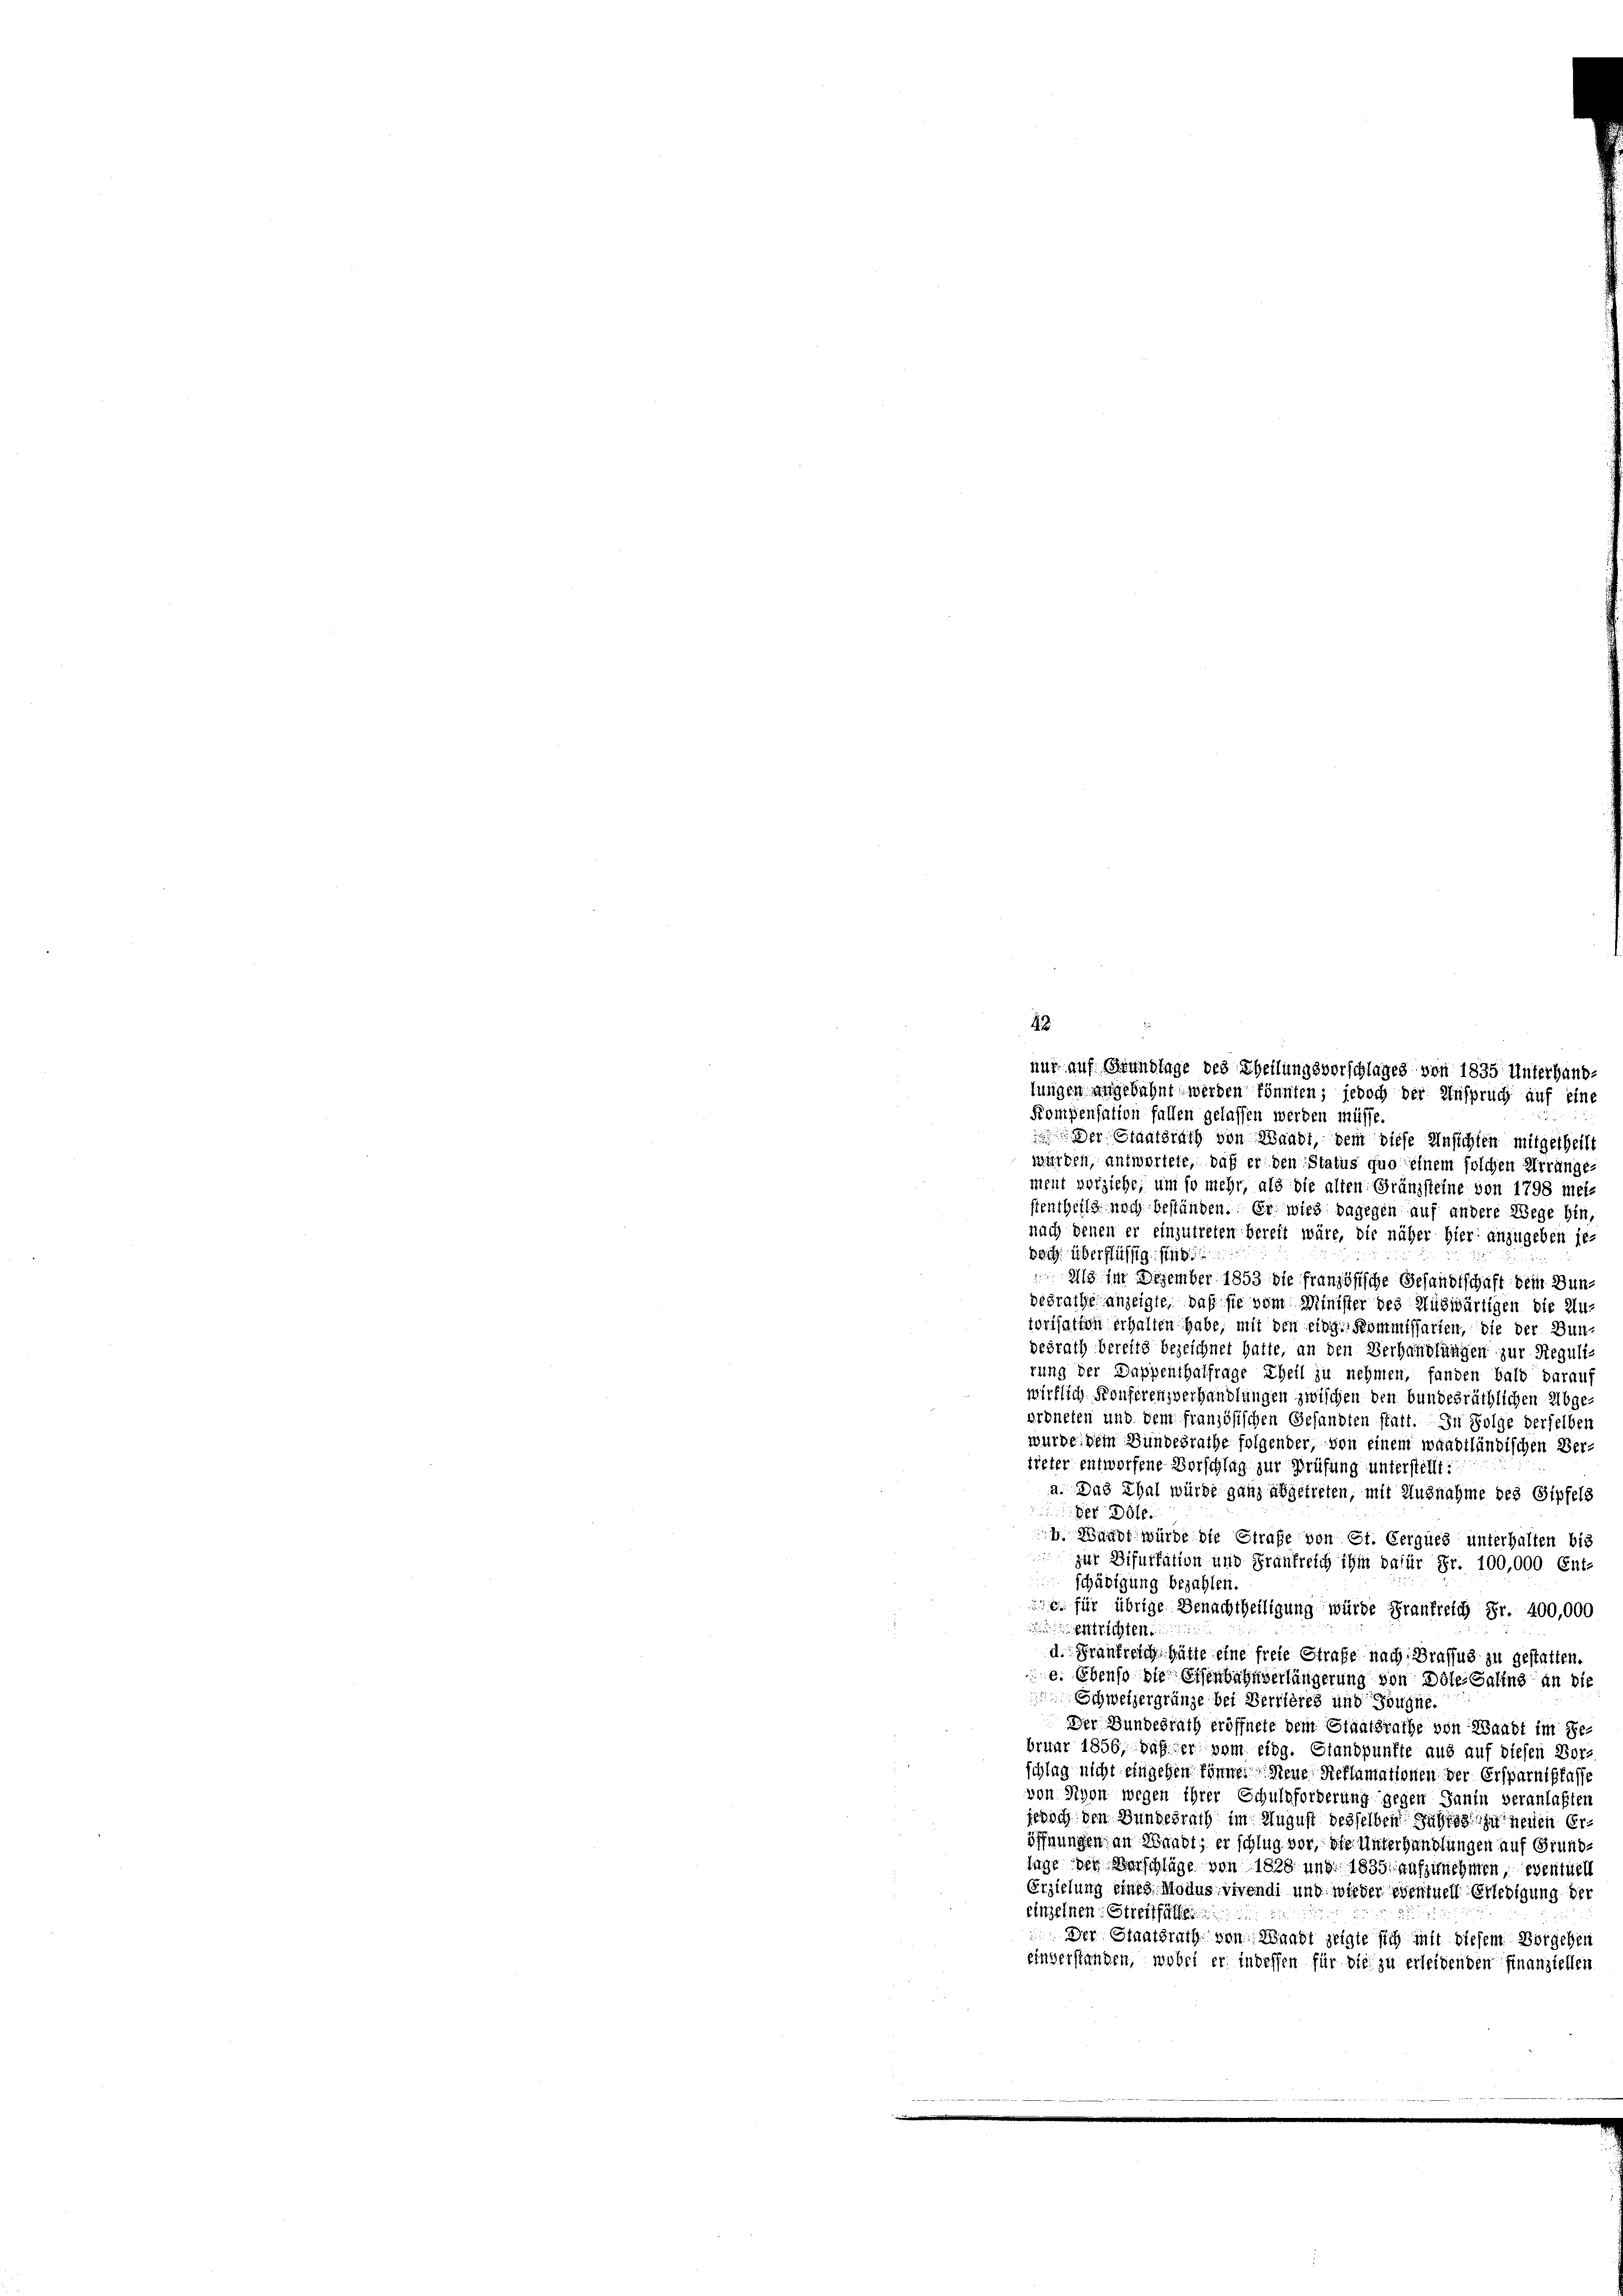
Kompensation fallen gelassen werden müsse.
Der Staatsrath von Waadt, dem diese Unsichten mitgetheilt
würden, antwortete, daß er den Status quo einem solchen Errunge-
ment vorziehe, um so mehr, als die alten Gränzsteine von 1798 mei-
stentheils noch beständen. Er wie dagegen auf andere Wege hin,
nach denen er einzutreten bereit wäre, die näher hier anzugeben jedoch überflüssig sind
 als im Dezember 1853 die französische Gesandtschaft dem Bundesrathe anzeigte, daß sie vom Minister des Auswärtigen die Au-
torisation erhalten habe, mit den eidg. Kommissarien, die der Bundesrath bereits bezeichnet hatte, an den Verhandlungen zur Reguli-
rung der Dappenthalfrage Theil zu nehmen, fanden bald darauf
wirklich Konferenzverhandlungen zwischen den bundesräthlichen Abge-
erdneten und dem französischen Gesandten statt. In Folge derselben
wurde dem Bundesrathe folgender, von einem wandtländischen Ver-
treter entworfene Vorschlag zur Prüfung unterstellt:
a. Das Thal würde ganz abgetreten, mit Ausnahme des Sipfels
der Dole.
. Wundt würde die Strafe von Ct. Cerques unterhalten bis
zur Difurkation und Frankreich ihm dafür Fr. 100,000 Ent-
schädigung bezahlen.
e. für übrige Benachtheiligung würde Frankreich Fr. 400,000
chten
d. Frankreich hätte eine freie Strafe nach Brassus zu gestatten.
e. Ebenso die Eisenbahnverlängerung von Döte-Saling an die
Schweizergränze bei Verrières und Säugne.
Der Bundesrath eröffnete dem Staatsrathe von Waadt im Se
bruar 1856, daß der zum eidg. Standpunkte aus auf diesen Vor-
schlag nicht eingehen könne. Neue Reflamationen der Ersparnißfasse
von Nyon wegen ihrer Schuldforderung gegen Janin veranlaßten
jedoch den Bundesrath im August desselben übrig zu neuen Eröffnungen an Waadt, er schlug vor, die Unterhandlungen auf Grund-
luge der Verschläge von 1828 und 1835 aufzunehmen, eventuell
Erziehung eines Modus vivendi und wieder eventuell Erledigung der
einzelnen Stieftfälle
 Der Staatsrath von Waadt zeigte sich mit diesem Vorgehen
einverstanden, wobei er indessen für die zu erleidenden Finanziellen

43.
nur auf Grundlage des Theilungsvorschlages von 1835 Unterhandlungen angebahnt werden könnten; jedoch der Anspruch auf eine